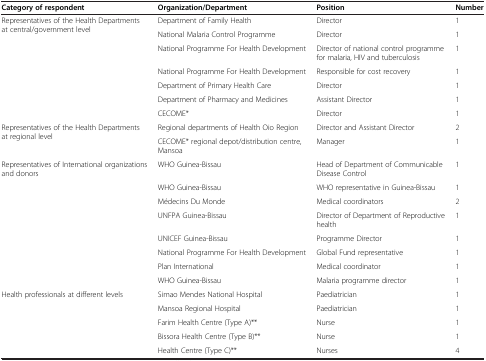
<table><thead><tr><td><b>Category of respondent</b></td><td><b>Organization/Department</b></td><td><b>Position</b></td><td><b>Number</b></td></tr></thead><tbody><tr><td rowspan="7">Representatives of the Health Departments at central/government level</td><td>Department of Family Health</td><td>Director</td><td>1</td></tr><tr><td>National Malaria Control Programme</td><td>Director</td><td>1</td></tr><tr><td>National Programme For Health Development</td><td>Director of national control programme for malaria, HIV and tuberculosis</td><td>1</td></tr><tr><td>National Programme For Health Development</td><td>Responsible for cost recovery</td><td>1</td></tr><tr><td>Department of Primary Health Care</td><td>Director</td><td>1</td></tr><tr><td>Department of Pharmacy and Medicines</td><td>Assistant Director</td><td>1</td></tr><tr><td>CECOME*</td><td>Director</td><td>1</td></tr><tr><td rowspan="2">Representatives of the Health Departments at regional level</td><td>Regional departments of Health Oio Region</td><td>Director and Assistant Director</td><td>2</td></tr><tr><td>CECOME* regional depot/distribution centre, Mansoa</td><td>Manager</td><td>1</td></tr><tr><td rowspan="8">Representatives of International organizations and donors</td><td>WHO Guinea-Bissau</td><td>Head of Department of Communicable Disease Control</td><td>1</td></tr><tr><td>WHO Guinea-Bissau</td><td>WHO representative in Guinea-Bissau</td><td>1</td></tr><tr><td>Médecins Du Monde</td><td>Medical coordinators</td><td>2</td></tr><tr><td>UNFPA Guinea-Bissau</td><td>Director of Department of Reproductive health</td><td>1</td></tr><tr><td>UNICEF Guinea-Bissau</td><td>Programme Director</td><td>1</td></tr><tr><td>National Programme For Health Development</td><td>Global Fund representative</td><td>1</td></tr><tr><td>Plan International</td><td>Medical coordinator</td><td>1</td></tr><tr><td>WHO Guinea-Bissau</td><td>Malaria programme director</td><td>1</td></tr><tr><td rowspan="4">Health professionals at different levels</td><td>Simao Mendes National Hospital</td><td>Paediatrician</td><td>1</td></tr><tr><td>Mansoa Regional Hospital</td><td>Paediatrician</td><td>1</td></tr><tr><td>Farim Health Centre (Type A)**</td><td>Nurse</td><td>1</td></tr><tr><td>Bissora Health Centre (Type B)**</td><td>Nurse</td><td>1</td></tr><tr><td> </td><td>Health Centre (Type C)**</td><td>Nurses</td><td>4</td></tr></tbody></table>